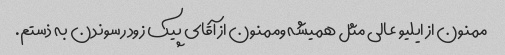
ممنون از ایلیو عالی مثل همیشه وممنون از آقای پیک زود رسوندن به ذستم.